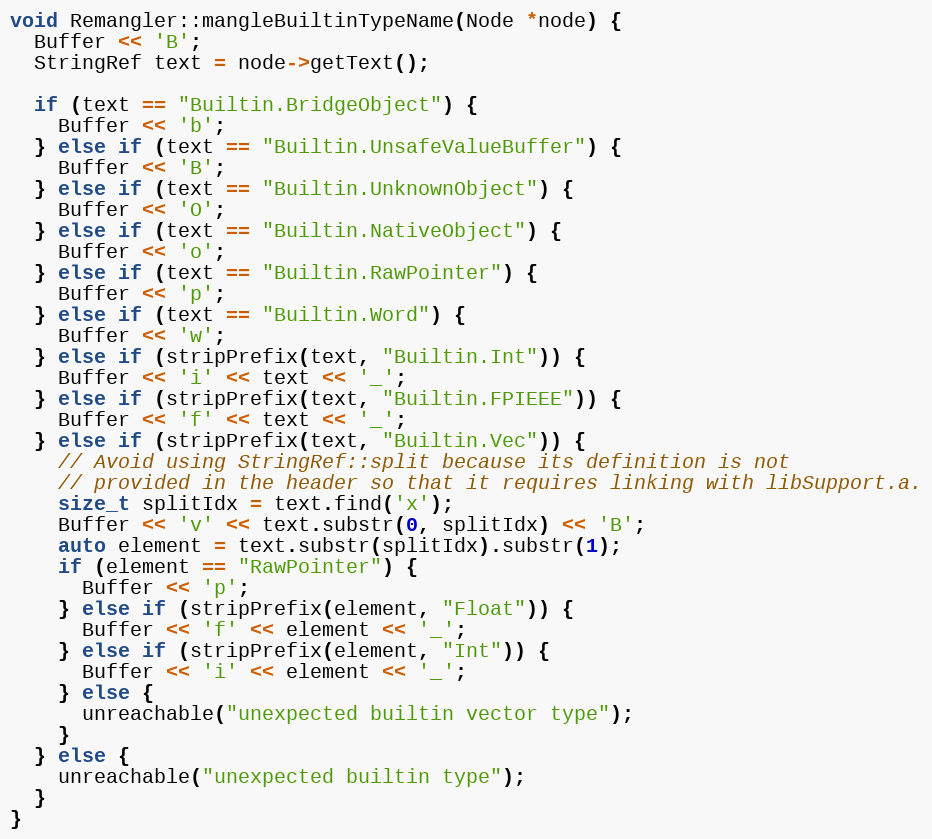
Language: C++
void Remangler::mangleBuiltinTypeName(Node *node) {
  Buffer << 'B';
  StringRef text = node->getText();

  if (text == "Builtin.BridgeObject") {
    Buffer << 'b';
  } else if (text == "Builtin.UnsafeValueBuffer") {
    Buffer << 'B';
  } else if (text == "Builtin.UnknownObject") {
    Buffer << 'O';
  } else if (text == "Builtin.NativeObject") {
    Buffer << 'o';
  } else if (text == "Builtin.RawPointer") {
    Buffer << 'p';
  } else if (text == "Builtin.Word") {
    Buffer << 'w';
  } else if (stripPrefix(text, "Builtin.Int")) {
    Buffer << 'i' << text << '_';
  } else if (stripPrefix(text, "Builtin.FPIEEE")) {
    Buffer << 'f' << text << '_';
  } else if (stripPrefix(text, "Builtin.Vec")) {
    // Avoid using StringRef::split because its definition is not
    // provided in the header so that it requires linking with libSupport.a.
    size_t splitIdx = text.find('x');
    Buffer << 'v' << text.substr(0, splitIdx) << 'B';
    auto element = text.substr(splitIdx).substr(1);
    if (element == "RawPointer") {
      Buffer << 'p';
    } else if (stripPrefix(element, "Float")) {
      Buffer << 'f' << element << '_';
    } else if (stripPrefix(element, "Int")) {
      Buffer << 'i' << element << '_';
    } else {
      unreachable("unexpected builtin vector type");
    }
  } else {
    unreachable("unexpected builtin type");
  }
}